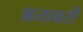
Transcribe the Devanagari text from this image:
ऋतावरी